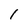
Character: 1